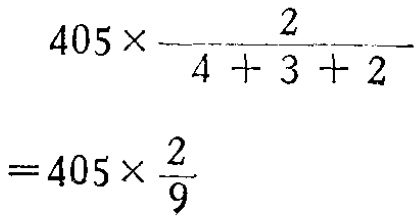
\[
\begin{align*}
&405\times\frac{2}{4 + 3 + 2}\\
=&405\times\frac{2}{9}
\end{align*}
\]